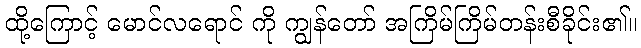
ထို့ကြောင့် မောင်လရောင် ကို ကျွန်တော် အကြိမ်ကြိမ်တန်းစီခိုင်း၏။